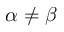
\alpha \neq \beta